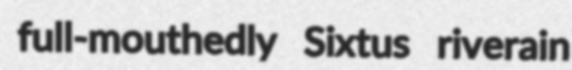
full-mouthedly Sixtus riverain